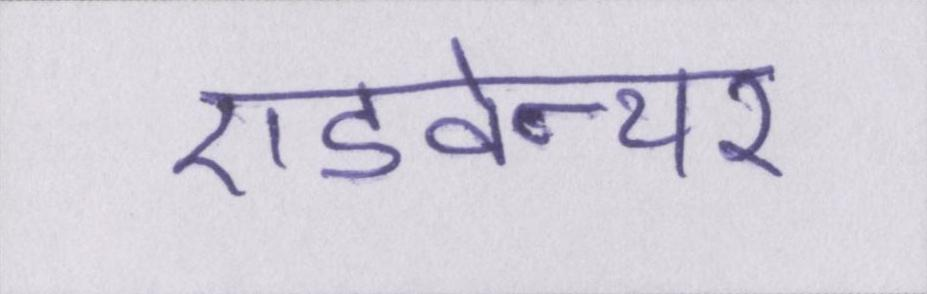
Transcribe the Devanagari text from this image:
एडवेन्चर